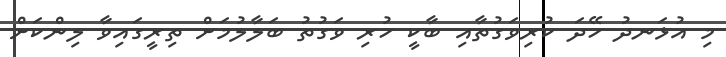
މި އުޅަނދު ހޭދަ ކުރިވަގުތާއި ބާކީ ހުރި ވަގުތު ބަލާލުމަށް ތިރީގައިވާ ލިންކަށް